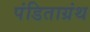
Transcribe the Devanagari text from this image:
पंडिताग्रंथ